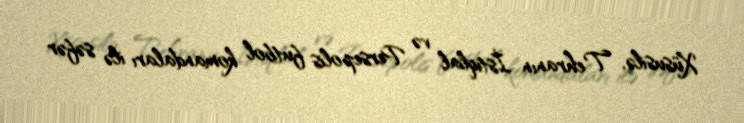
Xüsusilə, Tehranın İstiqlal və Persepolis futbol komandaları ilə səfər